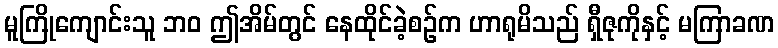
မူကြိုကျောင်းသူ ဘဝ ဤအိမ်တွင် နေထိုင်ခဲ့စဉ်က ဟာရုမိသည် ရှီဇုကိုနှင့် မကြာခဏ